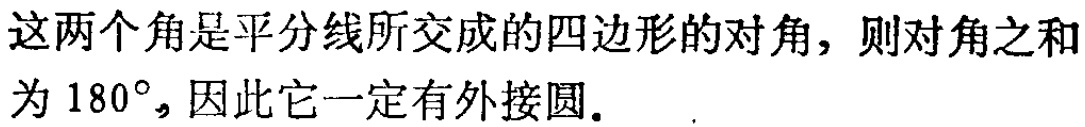
这两个角是平分线所交成的四边形的对角，则对角之和为 \(180^{\circ}\)，因此它一定有外接圆.